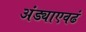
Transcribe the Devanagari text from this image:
अंड्याएवढं